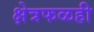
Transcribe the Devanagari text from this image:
क्षेत्रफळही